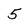
Character: 5